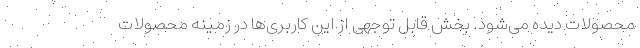
محصولات دیده می‌شود. بخش قابل توجهی از این کاربری‌ها در زمینه محصولات